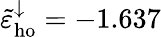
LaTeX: \tilde{\varepsilon}_{\mathrm{ho}}^{\downarrow}=-1.637